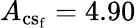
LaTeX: A_{\mathrm{{cs_{f}}}}=4.90